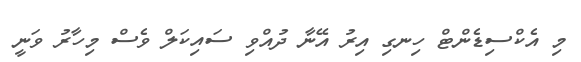
މި އެކްސިޑެންޓް ހިނގި އިރު އޭނާ ދުއްވި ސައިކަލް ވެސް މިހާރު ވަނީ